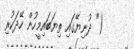
(" ދުނިޔޭގައި ތިޔަބައިމީހުން ހޭދަކުރި